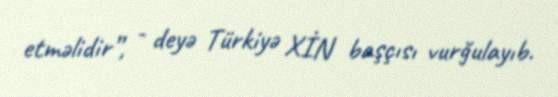
etməlidir”, - deyə Türkiyə XİN başçısı vurğulayıb.